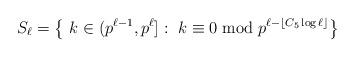
LaTeX: \begin{align*}S_{\ell}=\left\{\ k\in (p^{\ell-1},p^{\ell}]:\ k\equiv 0\bmod p^{\ell-\lfloor C_5\log\ell\rfloor}\right\}\end{align*}